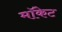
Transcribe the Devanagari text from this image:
मॉकेट